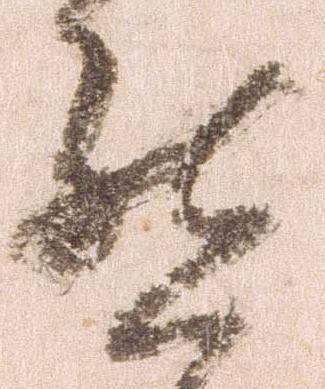
然